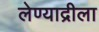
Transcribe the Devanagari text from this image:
लेण्याद्रीला